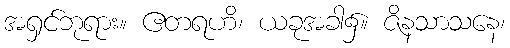
အရှင်ဘုရား။ ဧတရဟိ၊ ယခုအခါ၌။ ဇိနသာသနေ၊